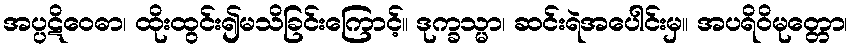
အပ္ပဋိဝေဓာ၊ ထိုးထွင်း၍မသိခြင်းကြောင့်။ ဒုက္ခသ္မာ၊ ဆင်းရဲအပေါင်းမှ။ အပရိဝိမုတ္တော၊